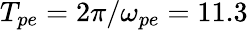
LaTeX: T_{pe}=2\pi/\omega_{pe}=11.3